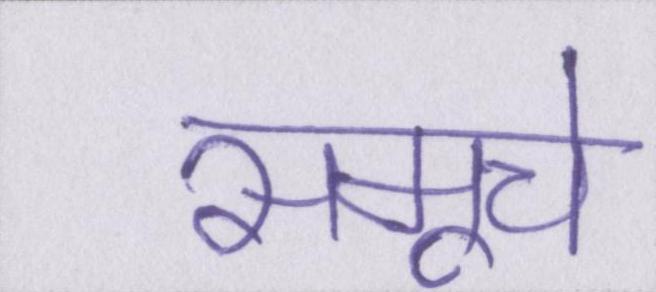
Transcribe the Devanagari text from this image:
समूचे